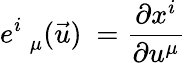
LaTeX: e_{\; \; \mu}^{i}(\vec{u})\ =\frac{\partial x^{i}}{\partial u^{\mu}}